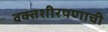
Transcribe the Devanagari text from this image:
वक्तशीरपणाची